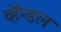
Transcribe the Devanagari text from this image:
व्हॅन्डल